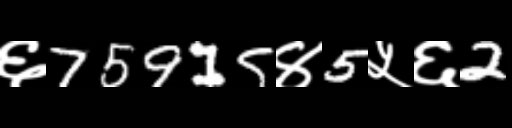
Text: ६75915४5५६2